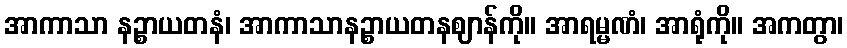
အာကာသာ နဉ္စာယတနံ၊ အာကာသာနဉ္စာယတနဈာန်ကို။ အာရမ္မဏံ၊ အာရုံကို။ အကတွာ၊